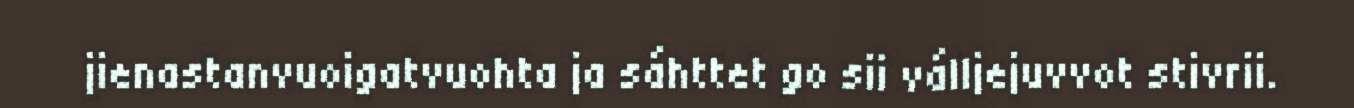
jienastanvuoigatvuohta ja sáhttet go sii válljejuvvot stivrii.